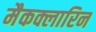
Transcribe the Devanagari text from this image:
मैकक्लारिन